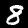
Digit: 8